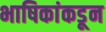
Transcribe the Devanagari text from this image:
भाषिकांकडून